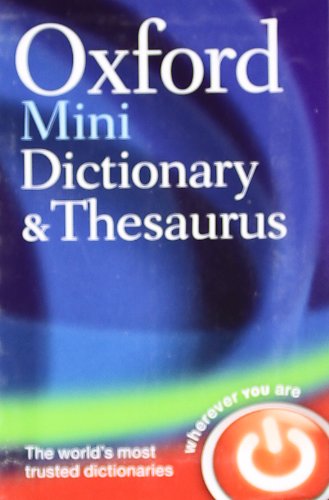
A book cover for Oxford Mini Dictionary and Thesaurus; Oxford Dictionaries; Reference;